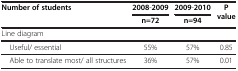
<table><thead><tr><td><b>Number of students</b></td><td><b>2008-2009</b></td><td><b>2009-2010</b></td><td rowspan="2"><b>P value</b></td></tr><tr><td>[EMPTY_CELL]</td><td><b>n=72</b></td><td><b>n=94</b></td></tr></thead><tbody><tr><td>Line diagram</td><td>[EMPTY_CELL]</td><td>[EMPTY_CELL]</td><td>[EMPTY_CELL]</td></tr><tr><td> Useful/ essential</td><td>55%</td><td>57%</td><td>0.85</td></tr><tr><td> Able to translate most/ all structures</td><td>36%</td><td>57%</td><td>0.01</td></tr></tbody></table>